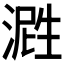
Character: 𬈤